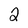
Character: 2